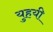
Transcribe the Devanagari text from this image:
युहयी